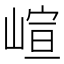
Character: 𡺟